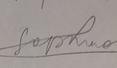
Signature authenticity: forged